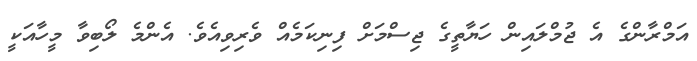
އަމްރާންގެ އެ ޖުމްލައިން ހަޔާތީގެ ޖިސްމަށް ފިނިކަމެއް ވެރިވިއެވެ. އެންމެ ލޯބިވާ މީހާއަކީ